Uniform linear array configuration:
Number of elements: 4
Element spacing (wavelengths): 0.5
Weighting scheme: binomial
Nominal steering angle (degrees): -15
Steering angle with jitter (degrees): -15.842
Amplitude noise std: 0.05
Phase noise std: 0.05

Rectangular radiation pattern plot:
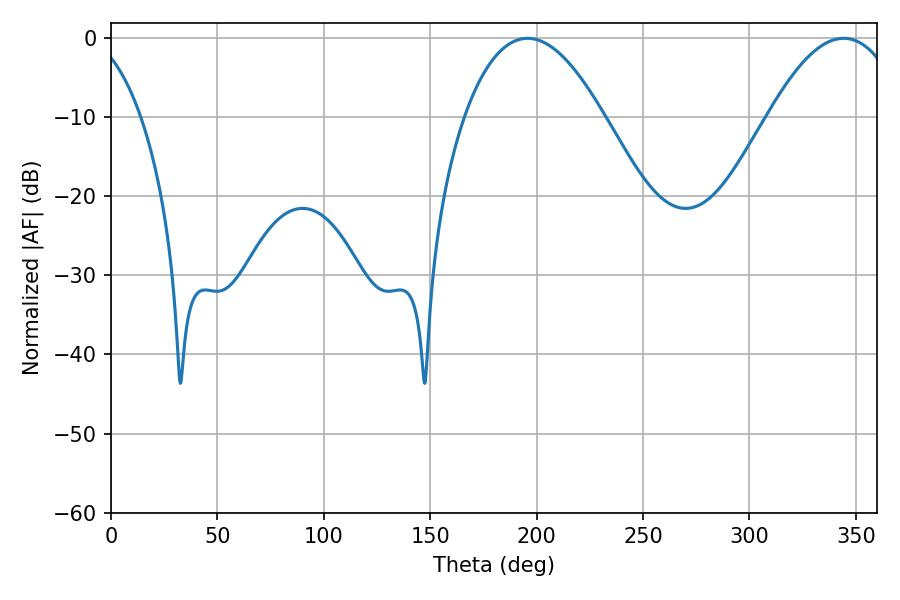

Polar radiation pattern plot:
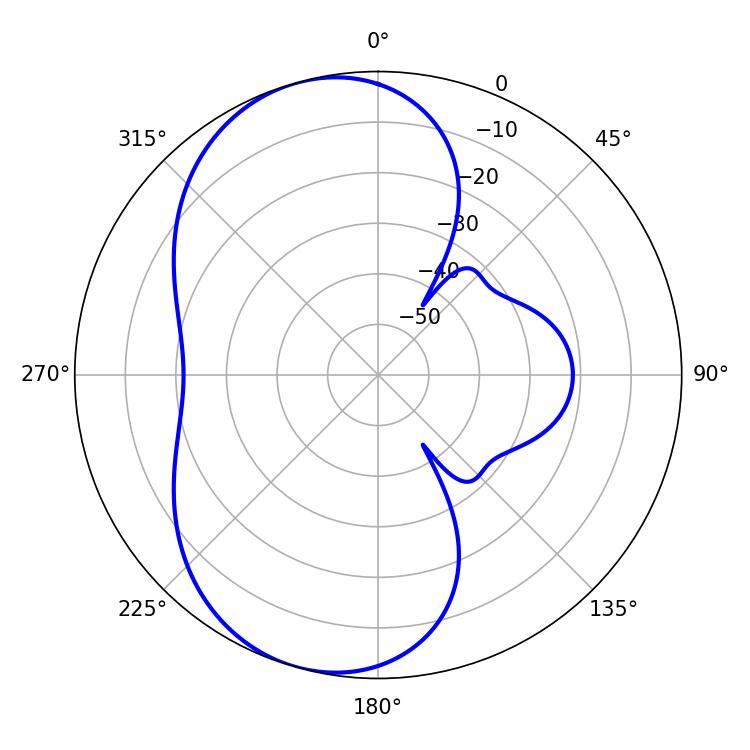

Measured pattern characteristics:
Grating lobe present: FALSE
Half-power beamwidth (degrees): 36.18
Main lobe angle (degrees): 195.66